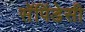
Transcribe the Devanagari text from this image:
सॅपिंडेसी